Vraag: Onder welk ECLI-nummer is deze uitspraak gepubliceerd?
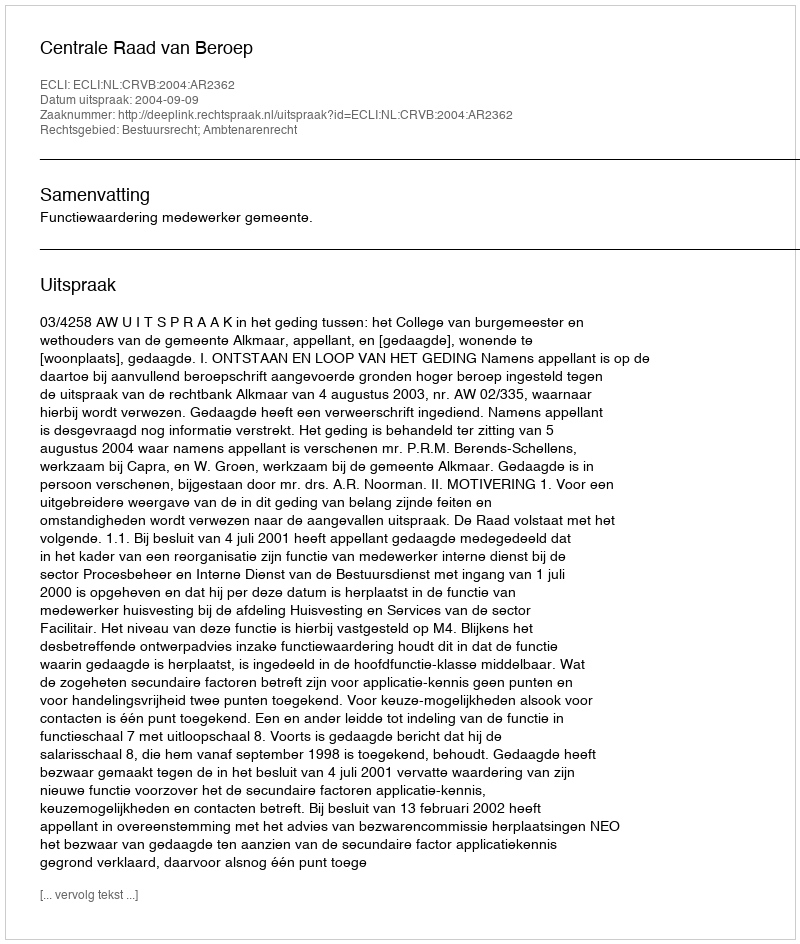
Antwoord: ECLI:NL:CRVB:2004:AR2362